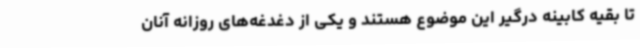
تا بقیه کابینه درگیر این موضوع هستند و یکی از دغدغه‌های روزانه آنان